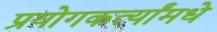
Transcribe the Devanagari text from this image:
प्रयोगकर्त्यांमधे